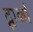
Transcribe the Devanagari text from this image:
द्वार्का